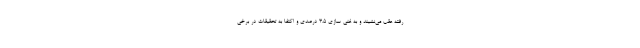
رفته عقب می‌نشیند و به غنی سازی 3.5 درصدی و اکتفا به تحقیقات در برخی